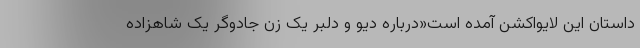
داستان این لایواکشن آمده است«درباره دیو و دلبر یک زن جادوگر یک شاهزاده